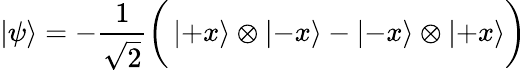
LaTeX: \left|\psi\right\rangle=-{\frac{1}{\sqrt{2}}}{\bigg(}\left|+x\right\rangle\otimes\left|-x\right\rangle-\left|-x\right\rangle\otimes\left|+x\right\rangle{\bigg)}